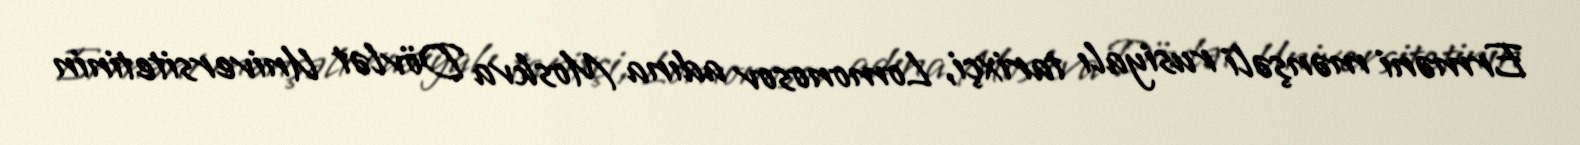
Erməni mənşəli rusiyalı tarixçi, Lomonosov adına Moskva Dövlət Universitetinin